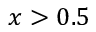
x > 0 . 5